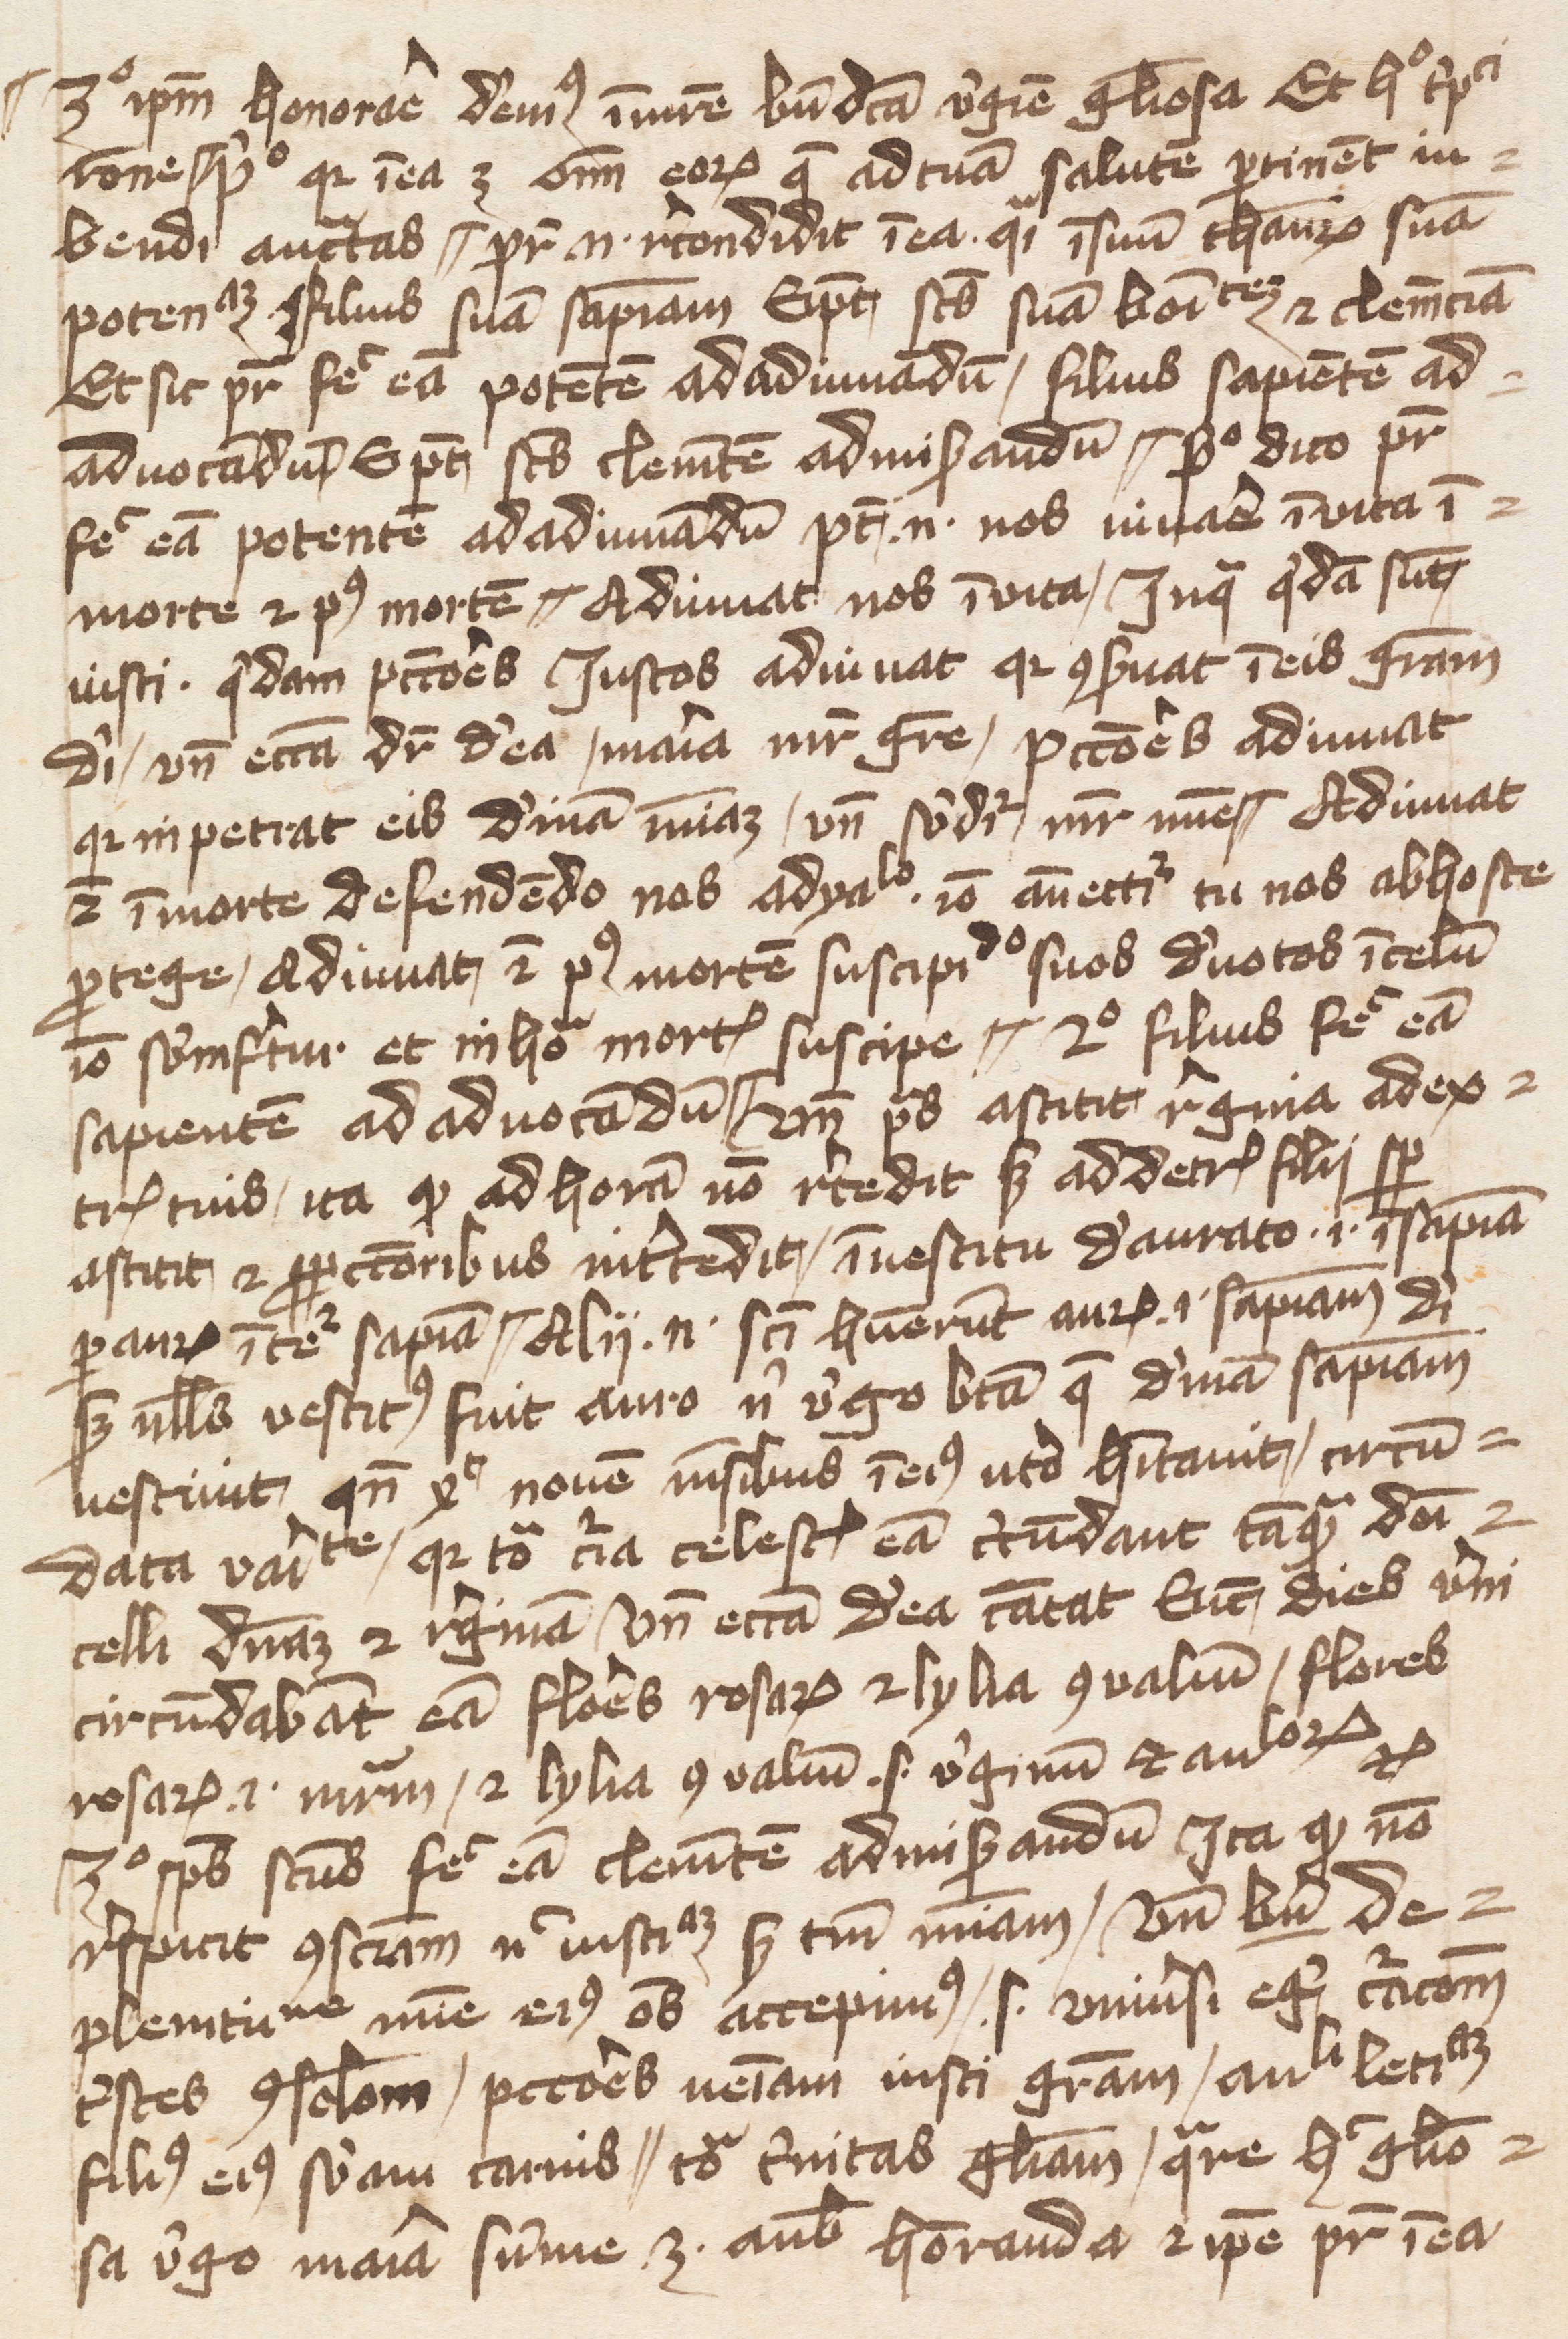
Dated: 1400–1415